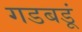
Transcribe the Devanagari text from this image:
गडबडूं